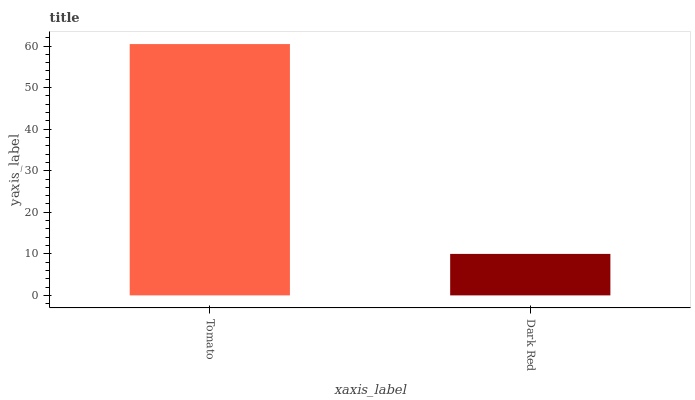
| xaxis_label | bars |
 | --- | --- |
 | Tomato | 60.5 |
 | Dark Red | 9.98 |